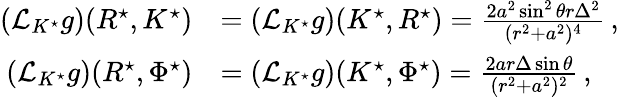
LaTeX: \begin{array}{rl}{(\mathcal{L}_{K^{\star}}g)(R^{\star},K^{\star})}&{=(\mathcal{L}_{K^{\star}}g)(K^{\star},R^{\star})=\frac{2a^{2}\sin^{2}\theta r\Delta^{2}}{(r^{2}+a^{2})^{4}}\, ,}\\ {(\mathcal{L}_{K^{\star}}g)(R^{\star},\Phi^{\star})}&{=(\mathcal{L}_{K^{\star}}g)(K^{\star},\Phi^{\star})=\frac{2ar\Delta\sin\theta}{(r^{2}+a^{2})^{2}}\, ,}\end{array}